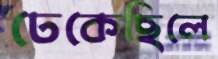
ঢেকেছিলে